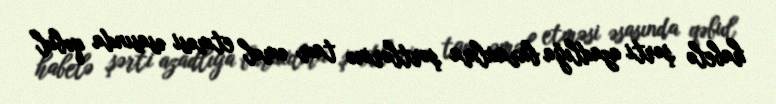
habelə şərti azadlığa buraxılma şərtlərinə tam əməl etməsi əsasında qəbul